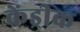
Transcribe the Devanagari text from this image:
केंड्रीक